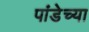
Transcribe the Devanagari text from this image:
पांडेच्या